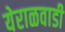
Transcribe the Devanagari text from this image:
येराळवाडी